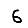
Digit: 6